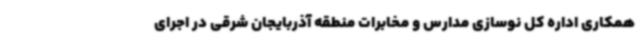
همکاری اداره کل نوسازی مدارس و مخابرات منطقه آذربایجان شرقی در اجرای